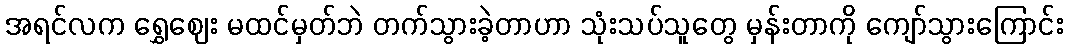
အရင်လက ရွှေဈေး မထင်မှတ်ဘဲ တက်သွားခဲ့တာဟာ သုံးသပ်သူတွေ မှန်းတာကို ကျော်သွားကြောင်း